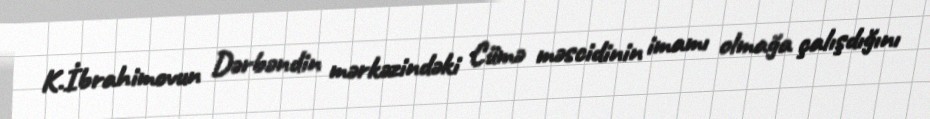
K.İbrahimovun Dərbəndin mərkəzindəki Cümə məscidinin imamı olmağa çalışdığını